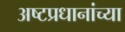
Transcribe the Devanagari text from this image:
अष्टप्रधानांच्या